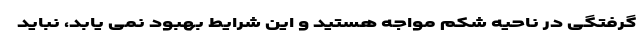
گرفتگی در ناحیه شکم مواجه هستید و این شرایط بهبود نمی یابد، نباید